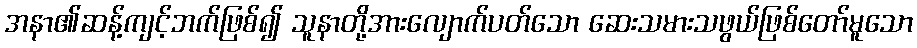
အနာ၏ဆန့်ကျင့်ဘက်ဖြစ်၍ သူနာတို့အားလျောက်ပတ်သော ဆေးသမားသဖွယ်ဖြစ်တော်မူသော